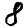
Digit: 8